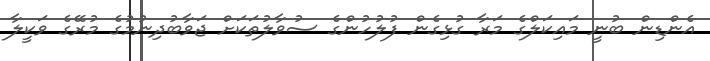
އެންޑިން ބުނީ މައިކަލްގެ މަރާ ގުޅިގެން ފުލުހުންގެ ސުވާލުތަކަށް ޖަވާބުދިނުމުގެ މުރޭގެ ވަކީލާ